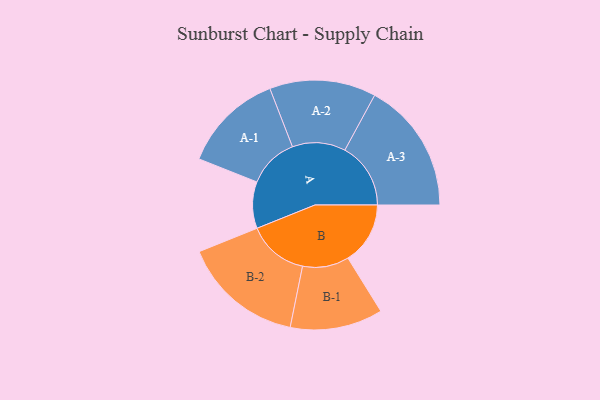
{"axis": {"x": "Segment", "y": "Value"}, "legend": ["", "A", "B"], "data": [{"x": "A", "y": 170, "type": ""}, {"x": "B", "y": 227, "type": ""}, {"x": "A-1", "y": 184, "type": "A"}, {"x": "A-2", "y": 194, "type": "A"}, {"x": "A-3", "y": 240, "type": "A"}, {"x": "B-1", "y": 169, "type": "B"}, {"x": "B-2", "y": 221, "type": "B"}]}